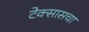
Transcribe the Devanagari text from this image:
टेक्सासचा